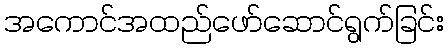
အကောင်အထည်ဖော်ဆောင်ရွက်ခြင်း